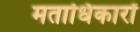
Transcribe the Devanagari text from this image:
मताधिकारों